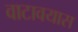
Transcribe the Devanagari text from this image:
वाटावयास